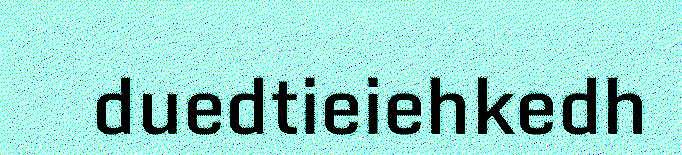
duedtieiehkedh